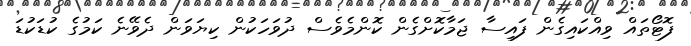
ފޮޓޯތައް ވިއްކައިގެން ފައިސާ ޖަމާކޮށްގެން ކޮންމެވެސް ދުވަހަކުން ކިޔަވަން ދެވޭނެ ކަމުގެ ކުޑަކުޑަ